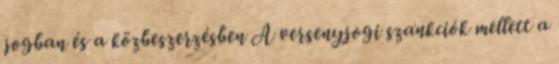
jogban és a közbeszerzésben A versenyjogi szankciók mellett a